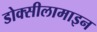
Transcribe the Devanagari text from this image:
डोक्सीलामाइन